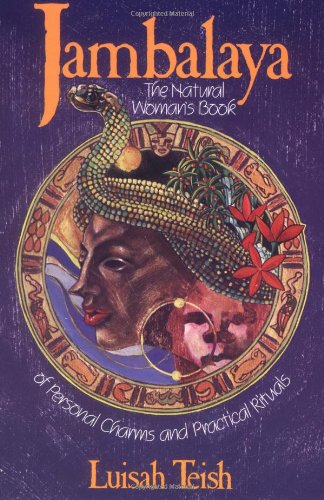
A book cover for Jambalaya: The Natural Woman's Book of Personal Charms and Practical Rituals; Luisah Teish; Religion & Spirituality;